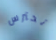
تحترس